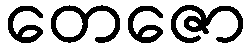
တေဇော